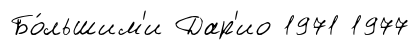
Бо́льшим'и Дар'ио 1971 1977